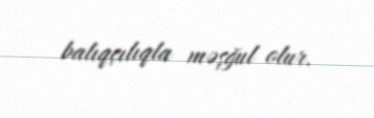
balıqçılıqla məşğul olur.